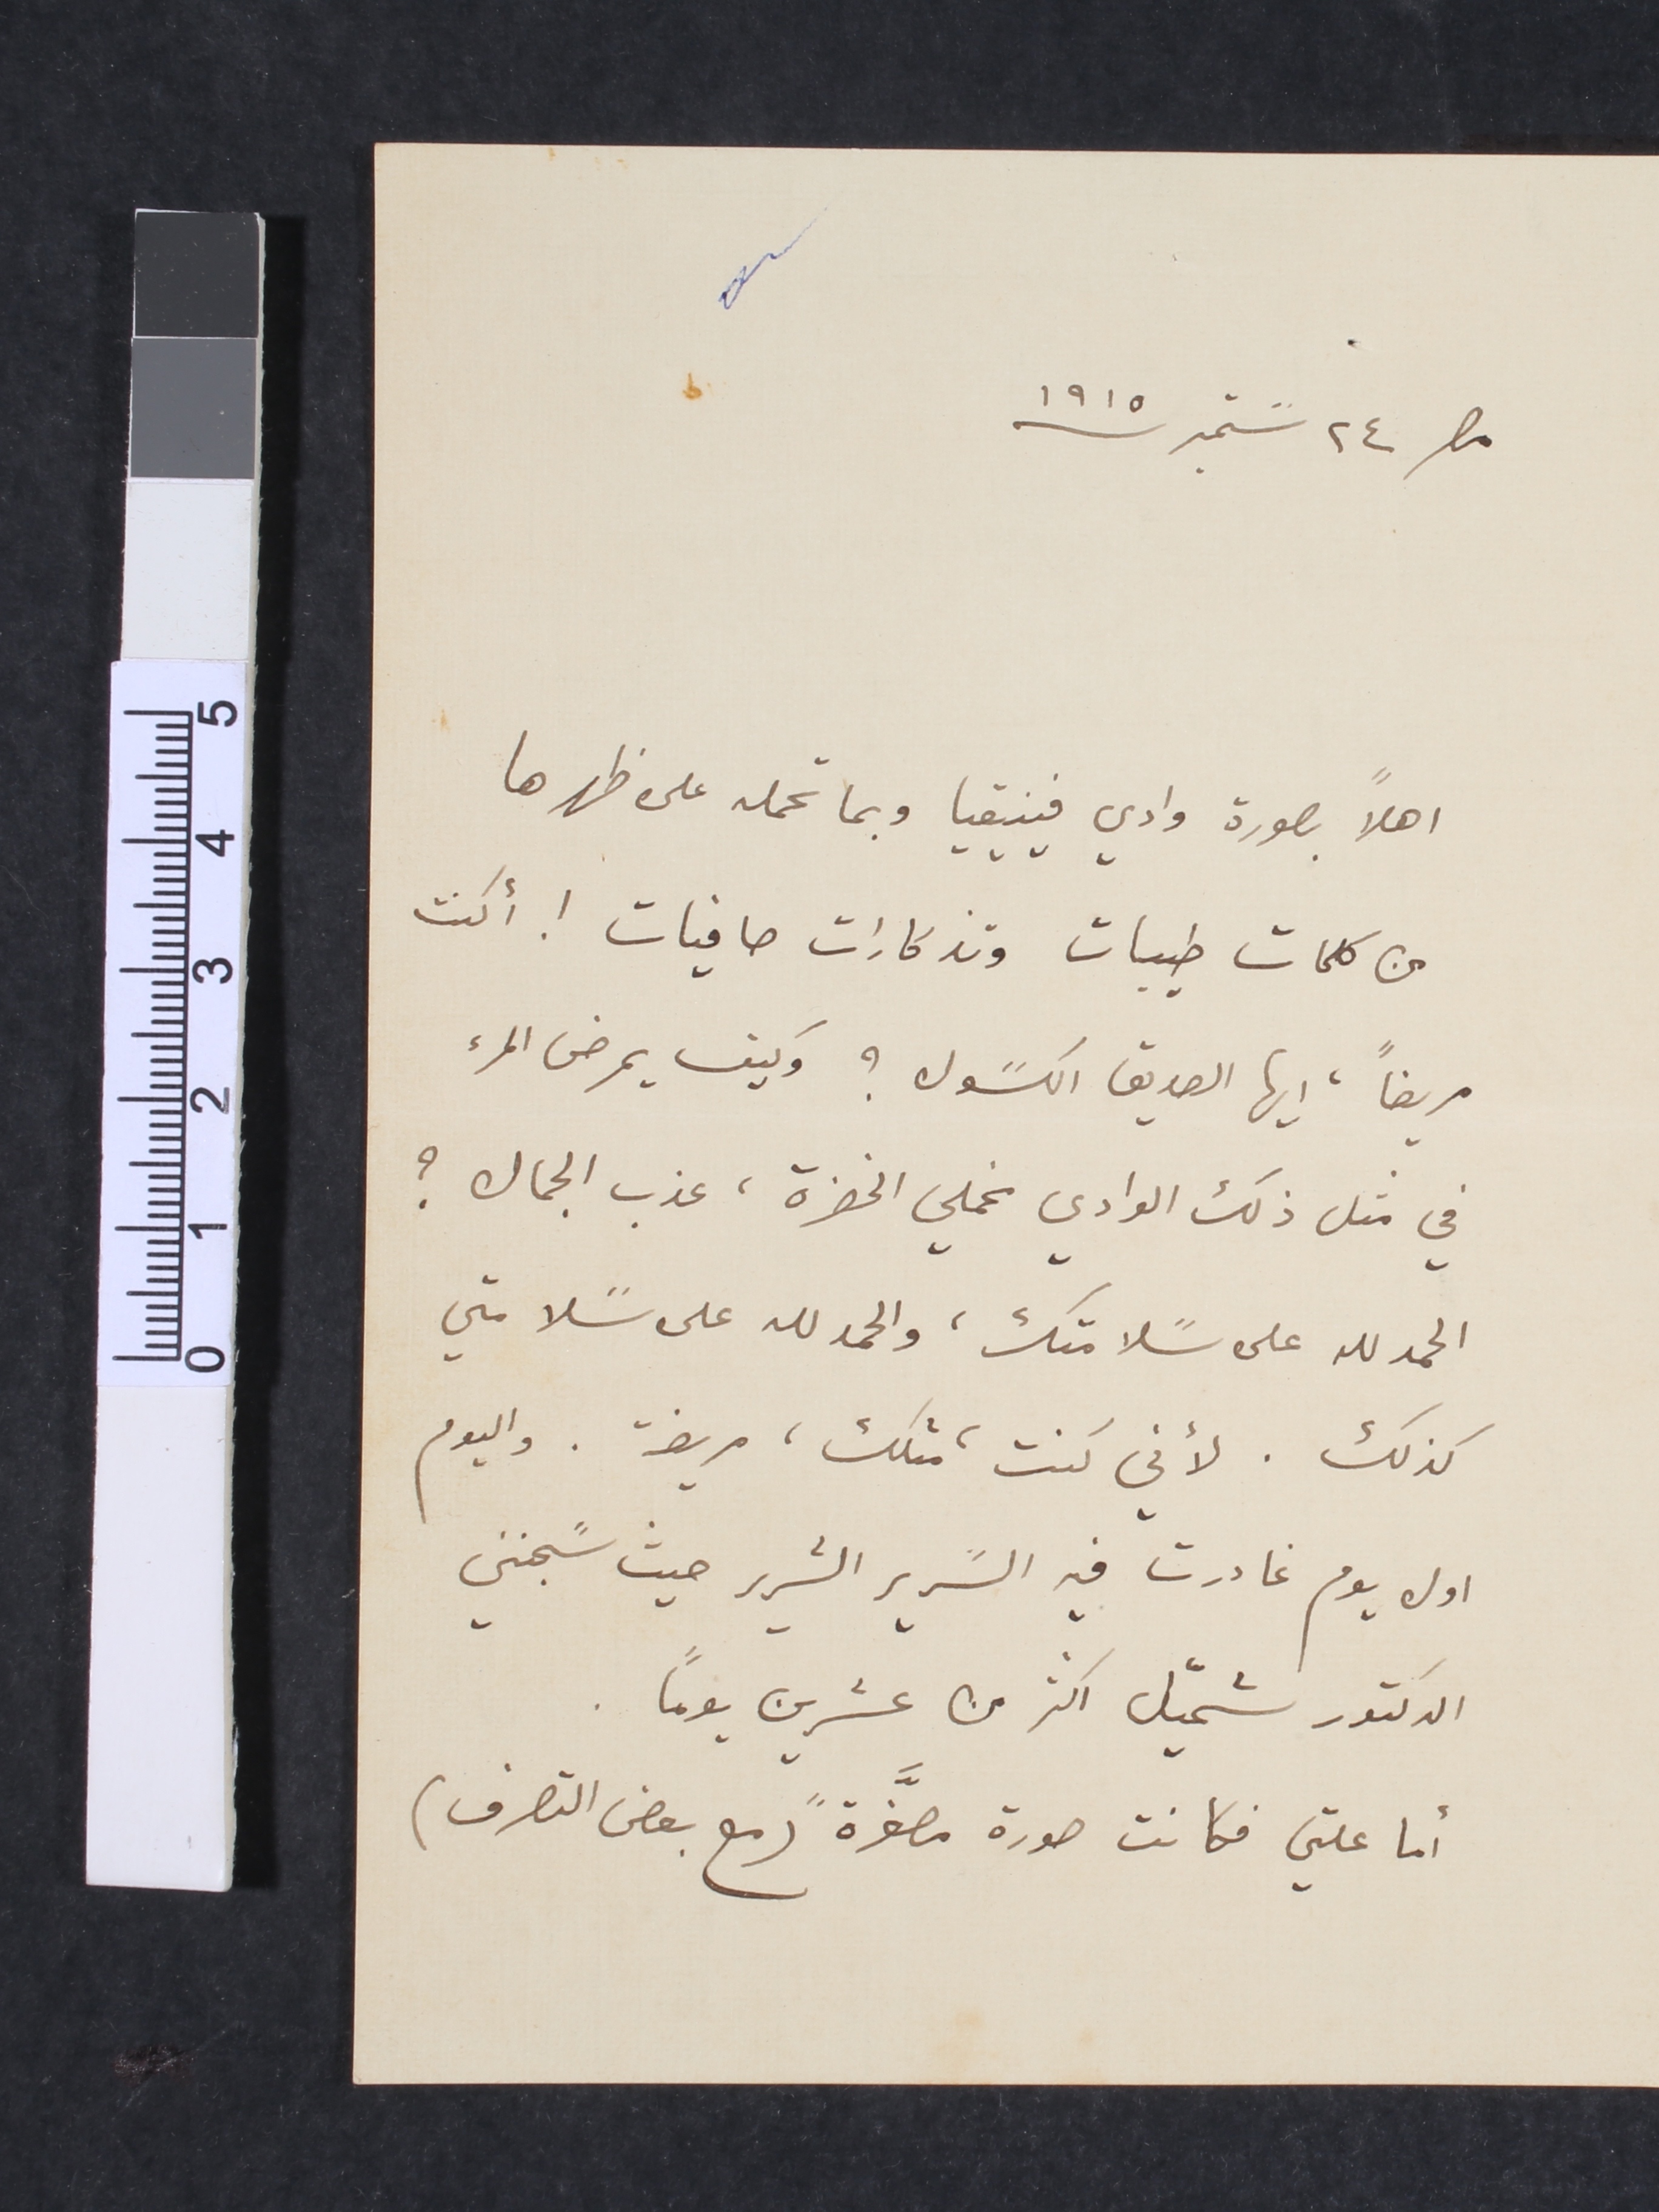
مصر ٢٤ سَتمبر سنة ١٩١٥
اهلاً بصورة وادي فينيقيا وبما تحمله على ظهرها
من كلمات طيبات وتذكارات صافيات ! أكنت
مريضاً، ايها الصديق الكسًول ؟ وكيف يمرض المرء
في مثل ذلك الوادي مخملي الخضرة، عذب الجمال؟
الحمد لله على سًلامتك، والحمد لله على سًلامتي
كذلك. لأني كنت، مثلك، مريضة. واليوم
اول يوم غادرت فيه السَرير الشرير حيث سًجنني
الدكتور شميّل اكثر من عشرين يوماً.
أما علتي فكانت صورة مصغًّرةً (مع بعض التصرف)